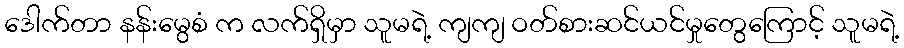
ဒေါက်တာ နန်းမွေစံ က လက်ရှိမှာ သူမရဲ့ ကျကျ ဝတ်စားဆင်ယင်မှုတွေကြောင့် သူမရဲ့